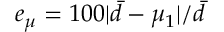
e _ { \mu } = 1 0 0 | \bar { d } - \mu _ { 1 } | / \bar { d }